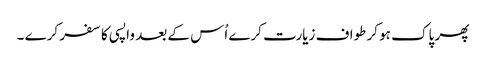
پھر پاک ہو کر طواف زیارت کرے اُس کے بعد واپسی کا سفر کرے ۔